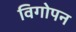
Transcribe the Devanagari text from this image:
विगोपन